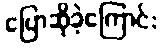
ပြောဆိုခဲ့ကြောင်း